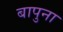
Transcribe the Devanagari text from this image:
बापुना